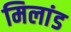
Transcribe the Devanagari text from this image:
मिलांड